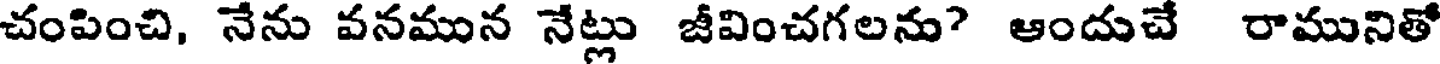
చంపించి, నేను వనమున నేట్లు జీవించగలను? ఆందుచే రామునితో